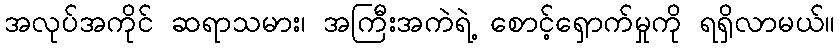
အလုပ်အကိုင် ဆရာသမား၊ အကြီးအကဲရဲ့ စောင့်ရှောက်မှုကို ရရှိလာမယ်။